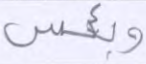
وبئس